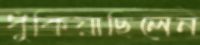
ধুঁকিয়াছিলেন